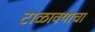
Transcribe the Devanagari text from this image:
टाळावयाचा